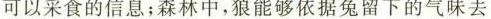
可以采食的信息；森林中，狼能够依据兔留下的气味去